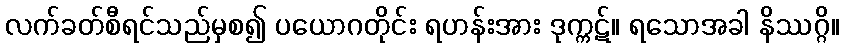
လက်ခတ်စီရင်သည်မှစ၍ ပယောဂတိုင်း ရဟန်းအား ဒုက္ကဋ်။ ရသောအခါ နိဿဂ္ဂိ။